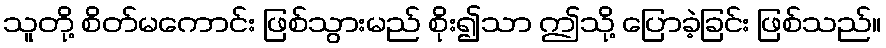
သူတို့ စိတ်မကောင်း ဖြစ်သွားမည် စိုး၍သာ ဤသို့ ပြောခဲ့ခြင်း ဖြစ်သည်။